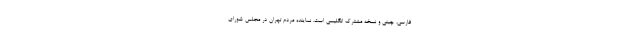
فارسی، چینی و نسخه مشترک انگلیسی است. نماینده مردم تهران در مجلس شورای